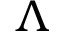
\Lambda